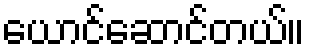
ယောင်ဆောင်တယ်။